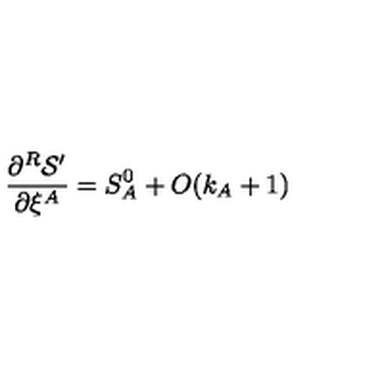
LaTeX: \frac { \partial ^ { R } { \cal S } ^ { \prime } } { \partial \xi ^ { A } } = S _ { A } ^ { 0 } + O ( k _ { A } + 1 )